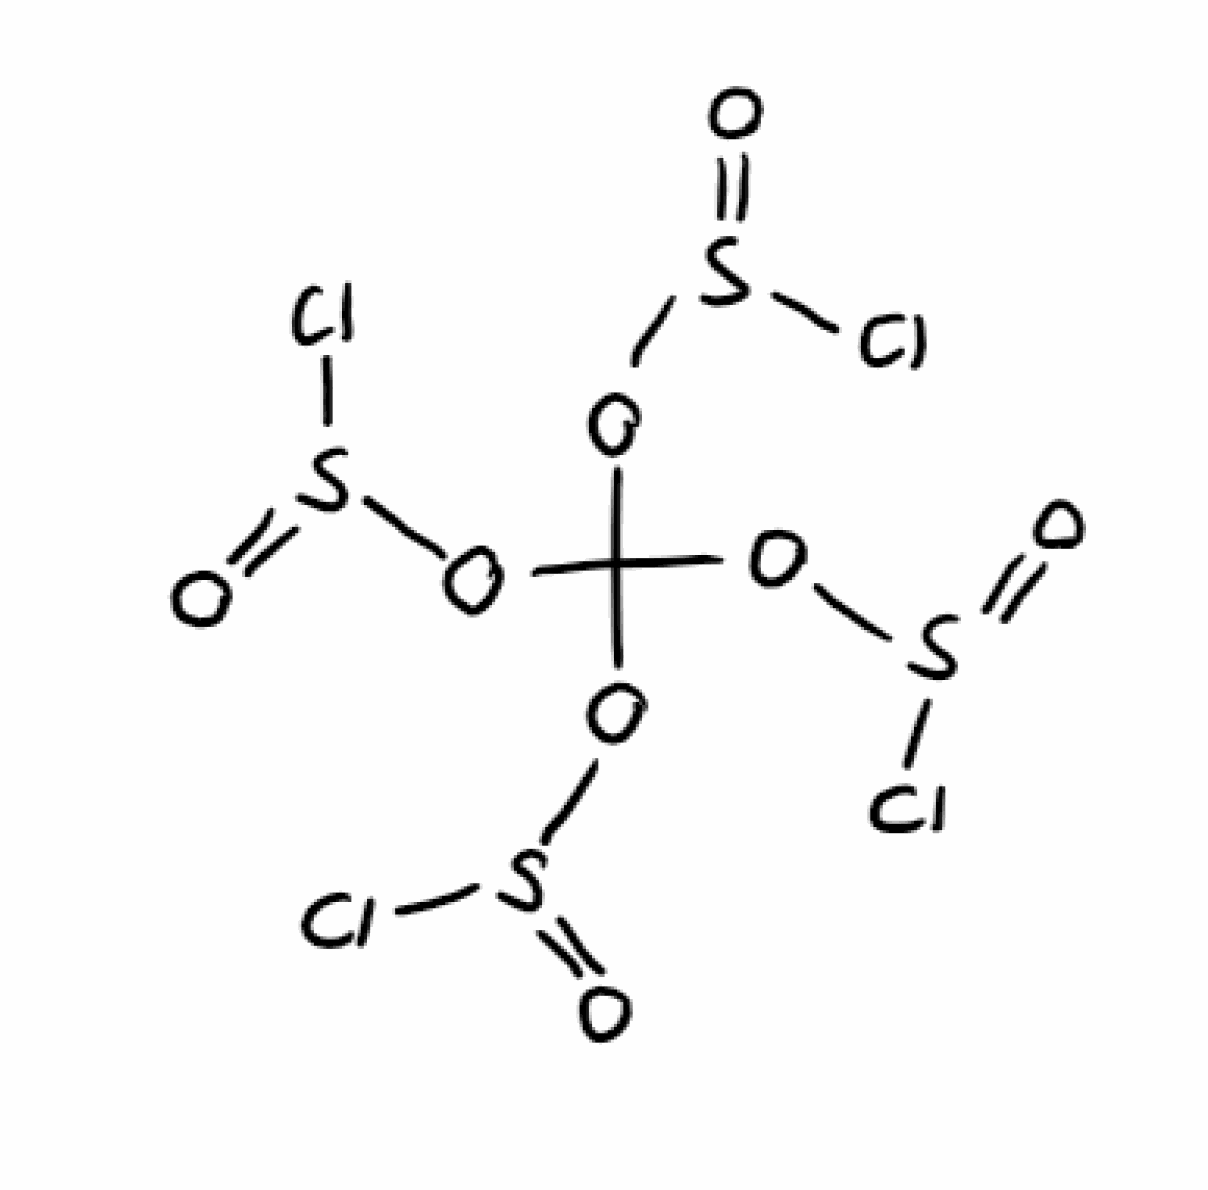
Simplified molecular-input line-entry system (SMILES) notation of the given molecule:
C(OS(=O)Cl)(OS(=O)Cl)(OS(=O)Cl)OS(=O)Cl